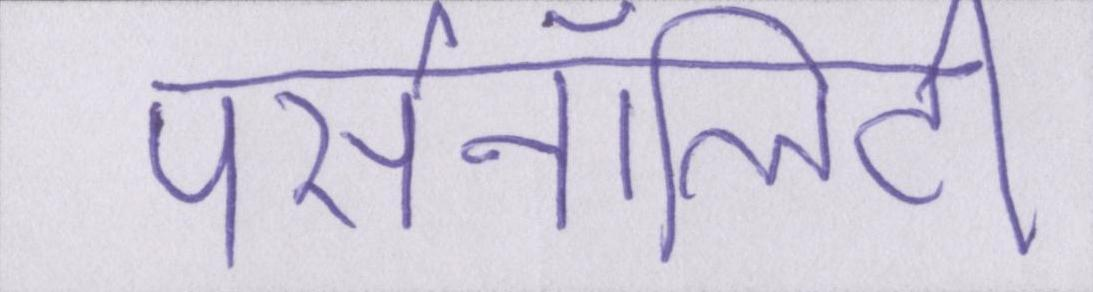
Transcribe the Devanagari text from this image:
पर्सनॉलिटी